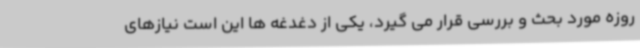
روزه مورد بحث و بررسی قرار می گیرد، یکی از دغدغه ها این است نیازهای